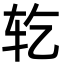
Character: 䢀